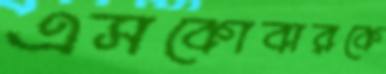
এসকোবারকে